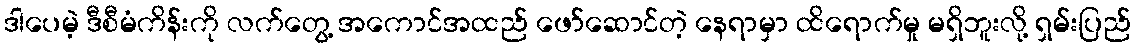
ဒါပေမဲ့ ဒီစီမံကိန်းကို လက်တွေ့ အကောင်အထည် ဖော်ဆောင်တဲ့ နေရာမှာ ထိရောက်မှု မရှိဘူးလို့ ရှမ်းပြည်